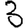
Digit: 3